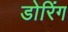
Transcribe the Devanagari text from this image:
डोरिंग